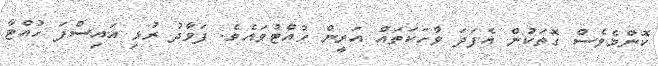
ކޮންމެވެސް ގޮތަކުން އެފަދަ ވާހަކަތައް އަރީން ހުއްޓުވައެވެ. ފަވާދު ރުޅި އައިސްފަ ހުއްޓާ